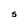
Character: S